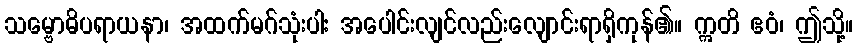
သမ္ဗောဓိပရာယနာ၊ အထက်မဂ်သုံးပါး အပေါင်းလျင်လည်းလျောင်းရာရှိကုန်၏။ ဣတိ ဧဝံ၊ ဤသို့။